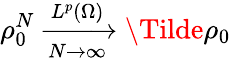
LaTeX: \rho_{0}^{N}\xrightarrow[N\rightarrow\infty]{L^{p}(\Omega)}\Tilde{\rho_{0}}